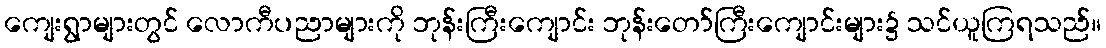
ကျေးရွာများတွင် လောကီပညာများကို ဘုန်းကြီးကျောင်း ဘုန်းတော်ကြီးကျောင်းများ၌ သင်ယူကြရသည်။